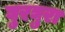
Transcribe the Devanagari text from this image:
घुरघुरा